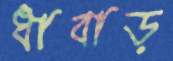
ধাবাড়